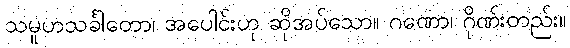
သမူဟသင်္ခါတော၊ အပေါင်းဟု ဆိုအပ်သော။ ဂဏော၊ ဂိုဏ်းတည်း။